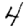
Digit: 4